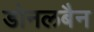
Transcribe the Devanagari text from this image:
डोनलबैन